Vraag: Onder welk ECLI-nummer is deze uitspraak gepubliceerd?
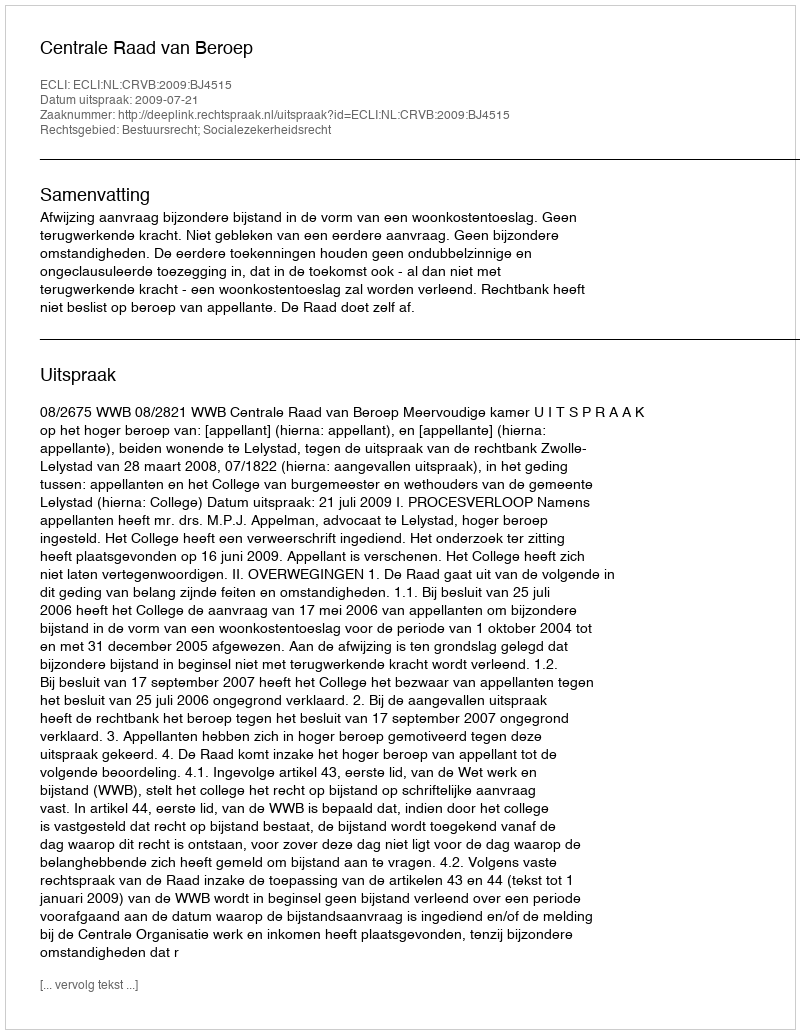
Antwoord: ECLI:NL:CRVB:2009:BJ4515